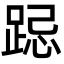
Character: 跽